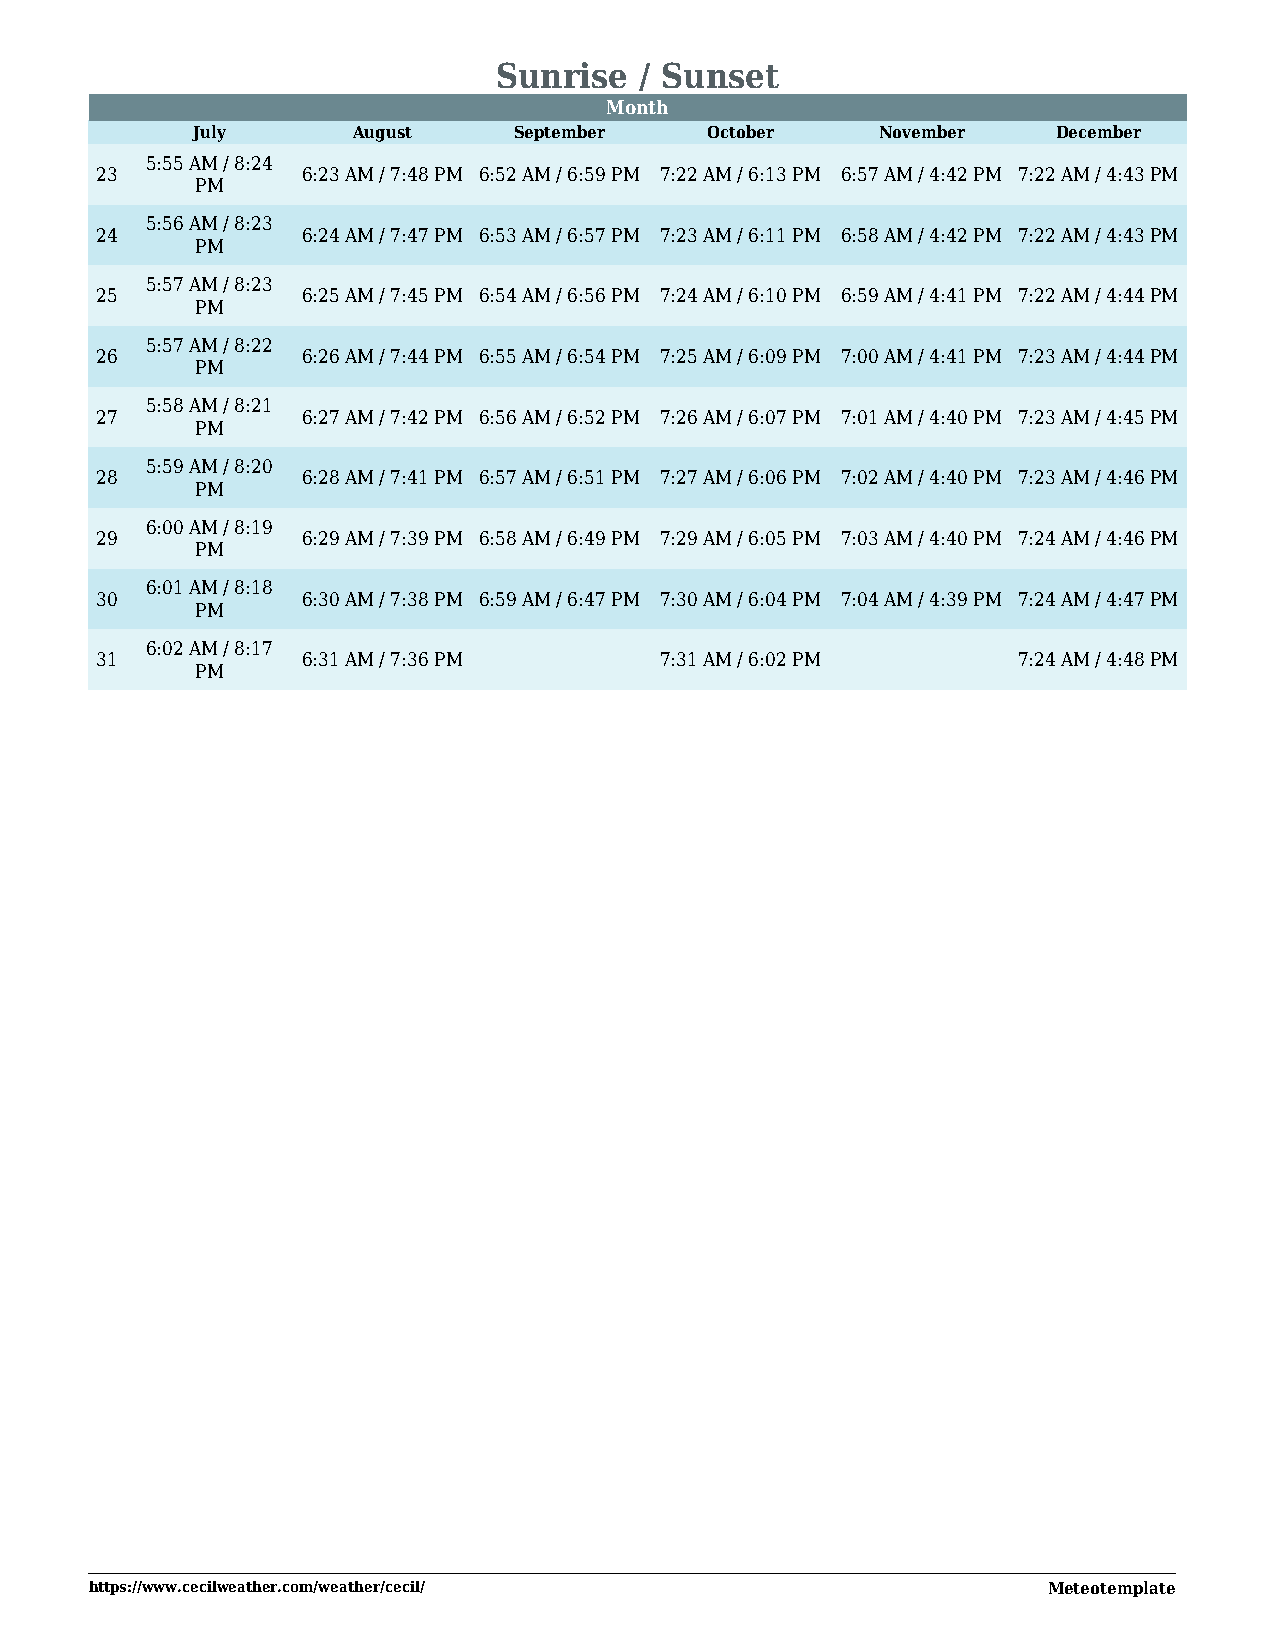
Sunrise  / Sunset
 2M0on2t3h
 July      August     September    October    November    December
 5:55 AM / 8:24
 23            6:23 AM / 7:48 PM 6:52 AM / 6:59 PM 7:22 AM / 6:13 PM 6:57 AM / 4:42 PM 7:22 AM / 4:43 PM
 PM
 5:56 AM / 8:23
 24            6:24 AM / 7:47 PM 6:53 AM / 6:57 PM 7:23 AM / 6:11 PM 6:58 AM / 4:42 PM 7:22 AM / 4:43 PM
 PM
 5:57 AM / 8:23
 25            6:25 AM / 7:45 PM 6:54 AM / 6:56 PM 7:24 AM / 6:10 PM 6:59 AM / 4:41 PM 7:22 AM / 4:44 PM
 PM
 5:57 AM / 8:22
 26            6:26 AM / 7:44 PM 6:55 AM / 6:54 PM 7:25 AM / 6:09 PM 7:00 AM / 4:41 PM 7:23 AM / 4:44 PM
 PM
 5:58 AM / 8:21
 27            6:27 AM / 7:42 PM 6:56 AM / 6:52 PM 7:26 AM / 6:07 PM 7:01 AM / 4:40 PM 7:23 AM / 4:45 PM
 PM
 5:59 AM / 8:20
 28            6:28 AM / 7:41 PM 6:57 AM / 6:51 PM 7:27 AM / 6:06 PM 7:02 AM / 4:40 PM 7:23 AM / 4:46 PM
 PM
 6:00 AM / 8:19
 29            6:29 AM / 7:39 PM 6:58 AM / 6:49 PM 7:29 AM / 6:05 PM 7:03 AM / 4:40 PM 7:24 AM / 4:46 PM
 PM
 6:01 AM / 8:18
 30            6:30 AM / 7:38 PM 6:59 AM / 6:47 PM 7:30 AM / 6:04 PM 7:04 AM / 4:39 PM 7:24 AM / 4:47 PM
 PM
 6:02 AM / 8:17
 31            6:31 AM / 7:36 PM       7:31 AM / 6:02 PM      7:24 AM / 4:48 PM
 PM
 https://www.cecilweather.com/weather/cecil/                    Meteotemplate